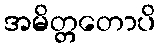
အမိတ္တတောပိ